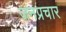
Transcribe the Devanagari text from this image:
जनप्रचार